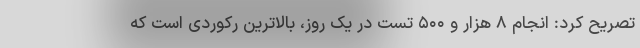
تصریح کرد: انجام ۸ هزار و ۵۰۰ تست در یک روز، بالاترین رکوردی است که